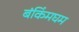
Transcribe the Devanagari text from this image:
बंकिंमघम